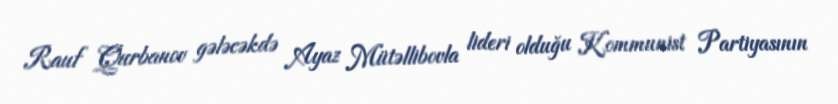
Rauf Qurbanov gələcəkdə Ayaz Mütəllibovla lideri olduğu Kommunist Partiyasının